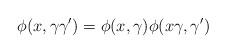
LaTeX: \begin{align*} \phi(x, \gamma\gamma') = \phi(x,\gamma)\phi(x\gamma, \gamma')\quad\end{align*}